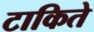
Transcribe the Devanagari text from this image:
टाकिते